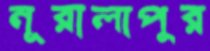
নূরালাপুর